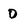
Character: O